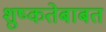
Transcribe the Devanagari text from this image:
शुष्कतेबाबत